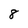
Character: 8